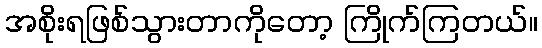
အစိုးရဖြစ်သွားတာကိုတော့ ကြိုက်ကြတယ်။